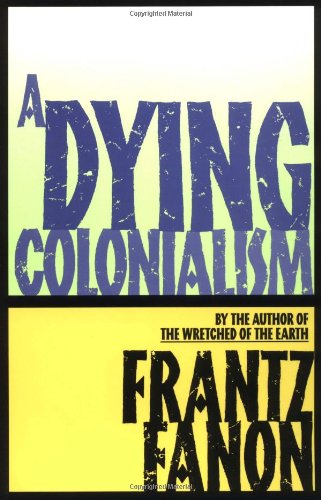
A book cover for A Dying Colonialism; Frantz Fanon; History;